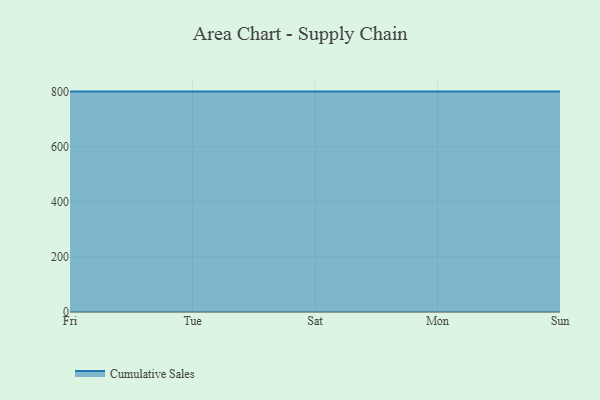
{"axis": {"x": "Day", "y": "Net Income (USD K)"}, "legend": ["Cumulative Sales"], "data": [{"x": "Fri", "y": 800, "type": "Cumulative Sales"}, {"x": "Tue", "y": 800, "type": "Cumulative Sales"}, {"x": "Sat", "y": 800, "type": "Cumulative Sales"}, {"x": "Mon", "y": 800, "type": "Cumulative Sales"}, {"x": "Sun", "y": 800, "type": "Cumulative Sales"}]}